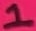
Text: 1